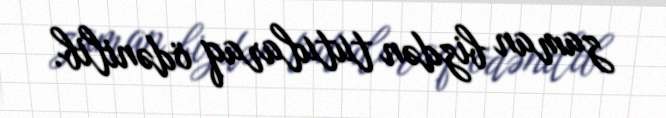
zaman bizdən tutularaq ödənilib.